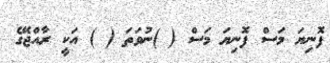
ފޮނިޔަ މަސް ފޮނިޔަ މަސް ( )ނުވަތަ ( ) އަކީ ރާއްޖޭގެ